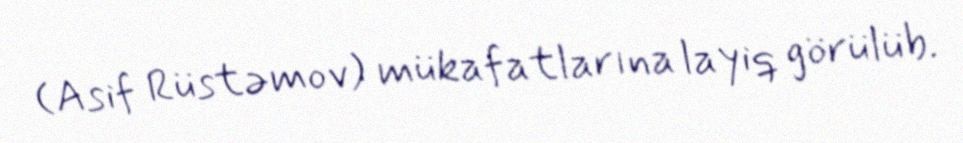
(Asif Rüstəmov) mükafatlarına layiq görülüb.